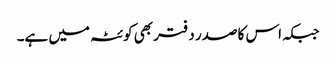
جبکہ اس کا صدر دفتر بھی کوئٹہ میں ہے۔